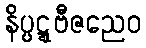
နိပ္ပဋ္ဋဗီဇညေဝ